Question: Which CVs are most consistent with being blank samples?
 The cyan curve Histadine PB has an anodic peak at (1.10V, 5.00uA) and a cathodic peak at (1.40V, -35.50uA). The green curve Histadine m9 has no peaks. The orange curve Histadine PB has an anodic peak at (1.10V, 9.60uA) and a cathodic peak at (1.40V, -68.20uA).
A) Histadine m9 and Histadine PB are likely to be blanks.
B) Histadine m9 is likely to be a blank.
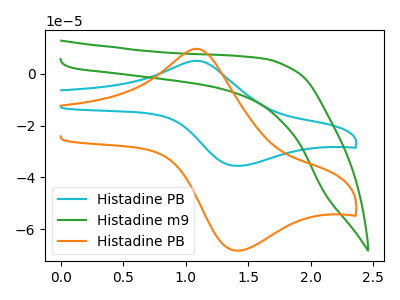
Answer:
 <answer>B) "Histadine m9" is likely to be a blank.</answer>
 <eval>B</eval>